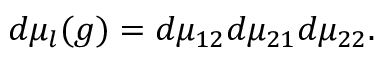
d \mu _ { l } ( g ) = d \mu _ { 1 2 } d \mu _ { 2 1 } d \mu _ { 2 2 } .